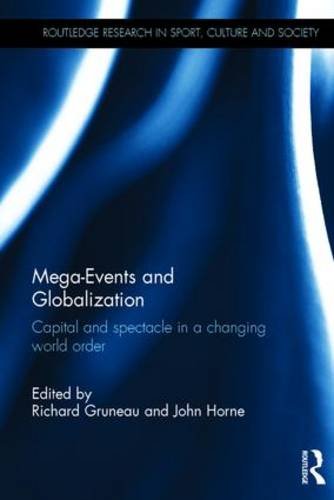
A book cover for Mega-Events and Globalization: Capital and Spectacle in a Changing World Order (Routledge Research in Sport, Culture and Society); Business & Money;